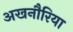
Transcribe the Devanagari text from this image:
अखनौरिया